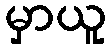
မှာယူ